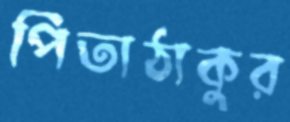
পিতাঠাকুর